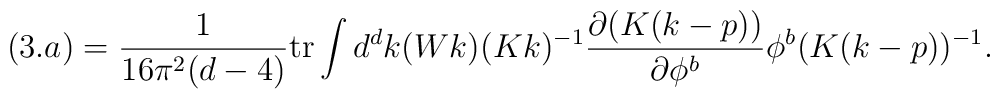
(3.a) = \frac{1}{16\pi^2(d-4)}\mbox{tr} \int d^d k (Wk) (Kk)^{-1} \frac{\partial (K(k-p))}{\partial \phi^b}\phi^b (K(k-p))^{-1}.